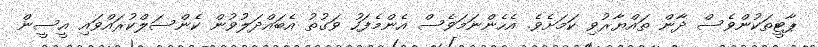
ޕާޓީތަކުންވެސް ދާން ތައްޔާރުވި ކަމަށެވެ. އެހެންނަމަވެސް އެންމެފަހު ވަގުތު އެބައްދަލުވުން ކެންސަލްކުރައްވައި އީސީން